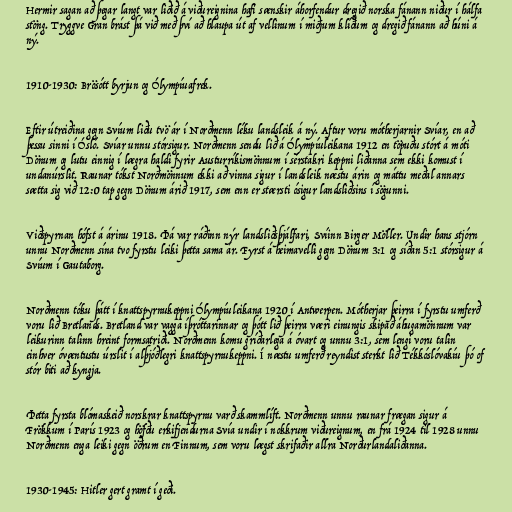
Hermir sagan að þegar langt var liðið á viðureignina hafi sænskir áhorfendur dregið norska fánann niður í hálfa
stöng. Tryggve Gran brást þá við með því að hlaupa út af vellinum í miðjum klíðum og dregið fánann að húni á
ný.

1910-1930: Brösótt byrjun og Ólympíuafrek.

Eftir útreiðina gegn Svíum liðu tvö ár í Norðmenn léku landsleik á ný. Aftur voru mótherjarnir Svíar, en að
þessu sinni í Ósló. Svíar unnu stórsigur. Norðmenn sendu lið á Ólympíuleikana 1912 en töpuðu stórt á móti
Dönum og lutu einnig í lægra haldi fyrir Austurríkismönnum í sérstakri keppni liðanna sem ekki komust í
undanúrslit. Raunar tókst Norðmönnum ekki að vinna sigur í landsleik næstu árin og máttu meðal annars
sætta sig við 12:0 tap gegn Dönum árið 1917, sem enn er stærsti ósigur landsliðsins í sögunni.

Viðspyrnan hófst á árinu 1918. Þá var ráðinn nýr landsliðsþjálfari, Svíinn Birger Möller. Undir hans stjórn
unnu Norðmenn sína tvo fyrstu leiki þetta sama ár. Fyrst á heimavelli gegn Dönum 3:1 og síðan 5:1 stórsigur á
Svíum í Gautaborg.

Norðmenn tóku þátt í knattspyrnukeppni Ólympíuleikana 1920 í Antwerpen. Mótherjar þeirra í fyrstu umferð
voru lið Bretlands. Bretland var vagga íþróttarinnar og þótt lið þeirra væri einungis skipað áhugamönnum var
leikurinn talinn hreint formsatriði. Norðmenn komu gríðarlega á óvart og unnu 3:1, sem lengi voru talin
einhver óvæntustu úrslit í alþjóðlegri knattspyrnukeppni. Í næstu umferð reyndist sterkt lið Tékkóslóvakíu þó of
stór biti að kyngja.

Þetta fyrsta blómaskeið norskrar knattspyrnu varð skammlíft. Norðmenn unnu raunar frægan sigur á
Frökkum í París 1923 og höfðu erkifjendurna Svía undir í nokkrum viðureignum, en frá 1924 til 1928 unnu
Norðmenn enga leiki gegn öðrum en Finnum, sem voru lægst skrifaðir allra Norðurlandaliðanna.

1930-1945: Hitler gert gramt í geði.